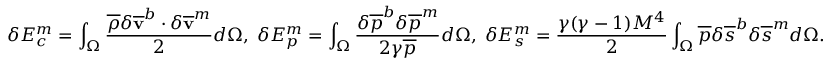
\delta E _ { c } ^ { m } = \int _ { \Omega } \frac { \overline { { \rho } } \delta { \mathbf { \overline { { v } } } } ^ { b } \cdot \delta { \mathbf { \overline { { v } } } } ^ { m } } { 2 } d \Omega , \; \delta E _ { p } ^ { m } = \int _ { \Omega } \frac { \delta \overline { { p } } ^ { b } \delta \overline { { p } } ^ { m } } { 2 \gamma \overline { { p } } } d \Omega , \; \delta E _ { s } ^ { m } = \frac { \gamma ( \gamma - 1 ) M ^ { 4 } } { 2 } \int _ { \Omega } \overline { { p } } \delta { { \overline { { s } } } } ^ { b } \delta { { \overline { { s } } } } ^ { m } d \Omega .